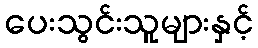
ပေးသွင်းသူများနှင့်